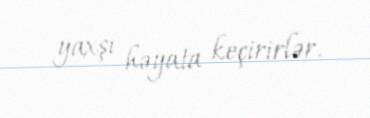
yaxşı həyata keçirirlər.